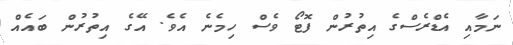
ނަމާއި އެޑްރެސްގެ އިތުރުން ފޮޓޯ ވެސް ހިމެނެ އެވެ. އޭގެ އިތުރުން ބައެއް